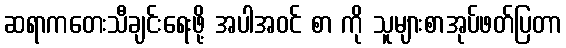
ဆရာကတေးသီချင်းရေးဖို့ အပါအဝင် စာ ကို သူများစာအုပ်ဖတ်ပြတာ